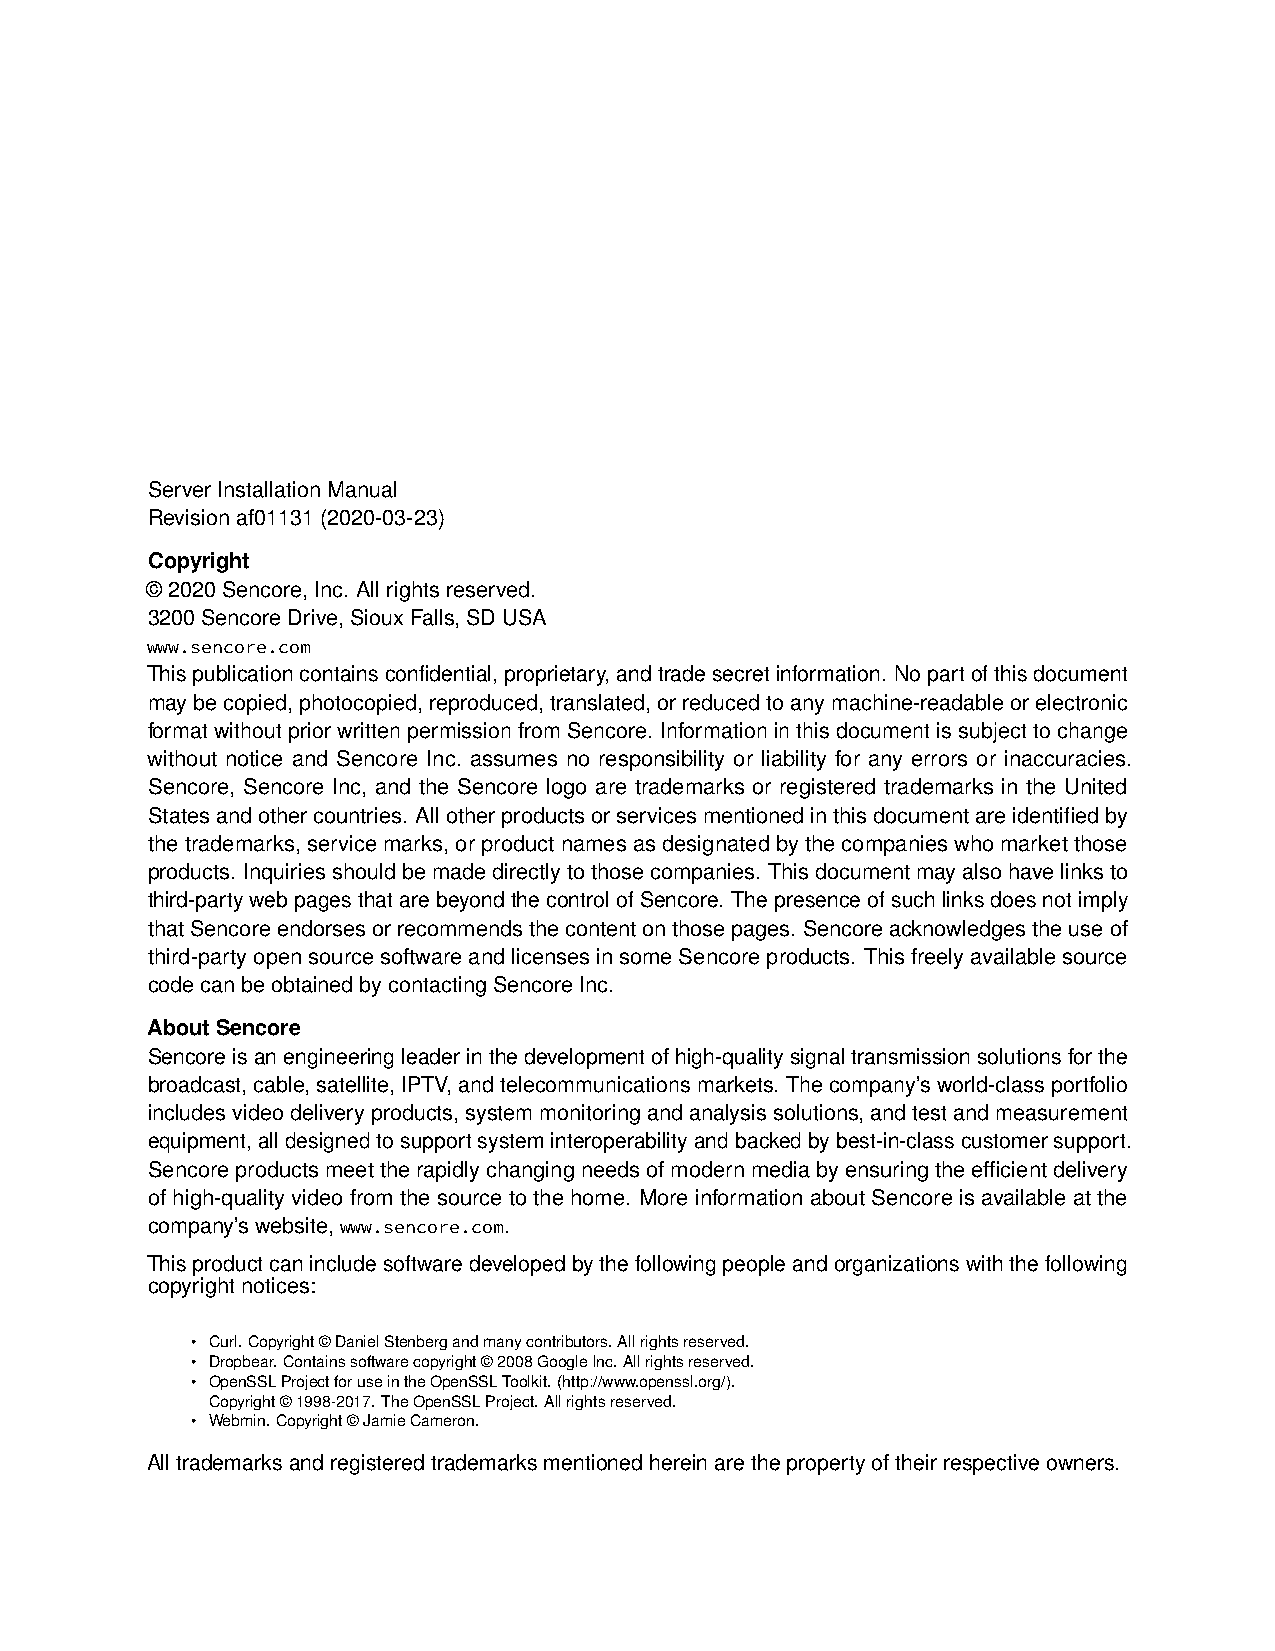
ServerInstallationManual
 Revisionaf01131(2020-03-23)
 Copyright
 ©2020Sencore,Inc. Allrightsreserved.
 3200SencoreDrive,SiouxFalls,SDUSA
 www.sencore.com
 Thispublicationcontainsconfidential,proprietary,andtradesecretinformation. Nopartofthisdocument
 maybecopied,photocopied,reproduced,translated,orreducedtoanymachine-readableorelectronic
 formatwithoutpriorwrittenpermissionfromSencore. Informationinthisdocumentissubjecttochange
 without notice and Sencore Inc. assumes no responsibility or liability for any errors or inaccuracies.
 Sencore, Sencore Inc, and the Sencore logo are trademarks or registered trademarks in the United
 Statesandothercountries. Allotherproductsorservicesmentionedinthisdocumentareidentifiedby
 thetrademarks,servicemarks,orproductnamesasdesignatedbythecompanieswhomarketthose
 products. Inquiriesshouldbemadedirectlytothosecompanies. Thisdocumentmayalsohavelinksto
 third-partywebpagesthatarebeyondthecontrolofSencore. Thepresenceofsuchlinksdoesnotimply
 thatSencoreendorsesorrecommendsthecontentonthosepages. Sencoreacknowledgestheuseof
 third-partyopensourcesoftwareandlicensesinsomeSencoreproducts. Thisfreelyavailablesource
 codecanbeobtainedbycontactingSencoreInc.
 AboutSencore
 Sencoreisanengineeringleaderinthedevelopmentofhigh-qualitysignaltransmissionsolutionsforthe
 broadcast,cable,satellite,IPTV,andtelecommunicationsmarkets. Thecompany’sworld-classportfolio
 includesvideodeliveryproducts,systemmonitoringandanalysissolutions,andtestandmeasurement
 equipment,alldesignedtosupportsysteminteroperabilityandbackedbybest-in-classcustomersupport.
 Sencoreproductsmeettherapidlychangingneedsofmodernmediabyensuringtheefficientdelivery
 ofhigh-qualityvideofromthesourcetothehome. MoreinformationaboutSencoreisavailableatthe
 company’swebsite,www.sencore.com.
 Thisproductcanincludesoftwaredevelopedbythefollowingpeopleandorganizationswiththefollowing
 copyrightnotices:
 • Curl.Copyright©DanielStenbergandmanycontributors.Allrightsreserved.
 • Dropbear.Containssoftwarecopyright©2008GoogleInc.Allrightsreserved.
 • OpenSSLProjectforuseintheOpenSSLToolkit.(http://www.openssl.org/).
 Copyright©1998-2017.TheOpenSSLProject.Allrightsreserved.
 • Webmin.Copyright©JamieCameron.
 Alltrademarksandregisteredtrademarksmentionedhereinarethepropertyoftheirrespectiveowners.